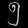
Digit: ၅